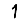
Digit: 1